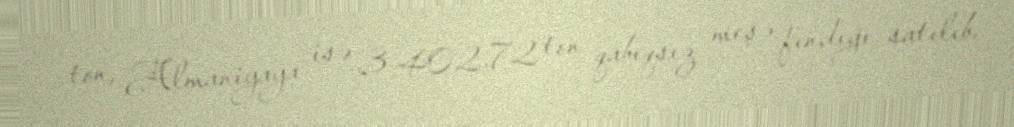
ton, Almaniyaya isə 3 402,72 ton qabıqsız meşə fındığı satılıb.